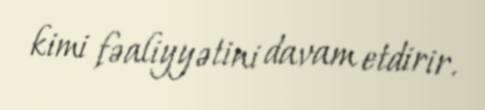
kimi fəaliyyətini davam etdirir.